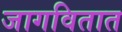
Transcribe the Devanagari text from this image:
जागवितात